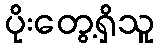
ပိုးတွေ့ရှိသူ